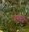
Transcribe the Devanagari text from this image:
बारती